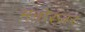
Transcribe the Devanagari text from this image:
मनोरंजर